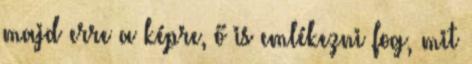
majd erre a képre, ő is emlékezni fog, mit